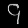
Digit: ၄